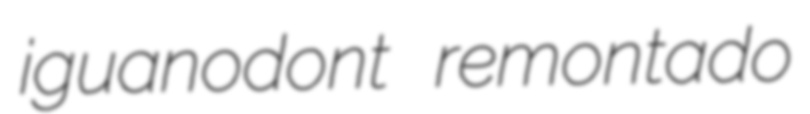
iguanodont remontado